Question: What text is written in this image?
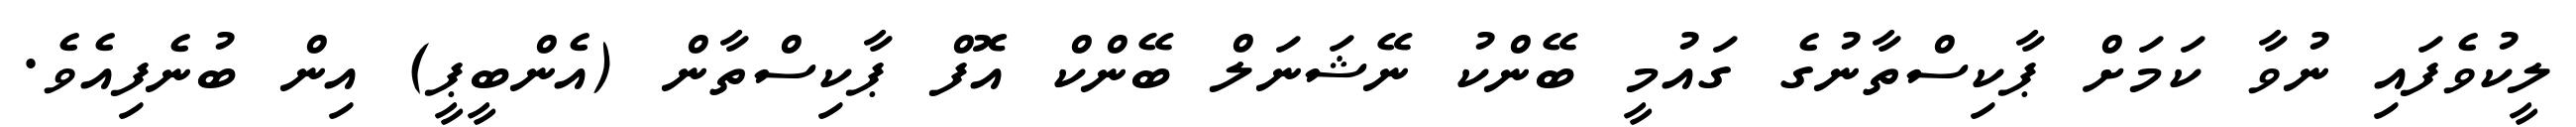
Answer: ލީކުވެފައި ނުވާ ކަމަށް ޕާކިސްތާނުގެ ގައުމީ ބޭންކު ނޭޝަނަލް ބޭންކް އޮފް ޕާކިސްތާން (އެންބީޕީ) އިން ބުނެފިއެވެ.